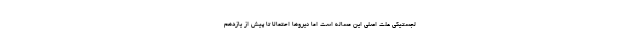
لجستیکی علت اصلی این مساله است اما نیروها احتمالا تا پیش از یازدهم